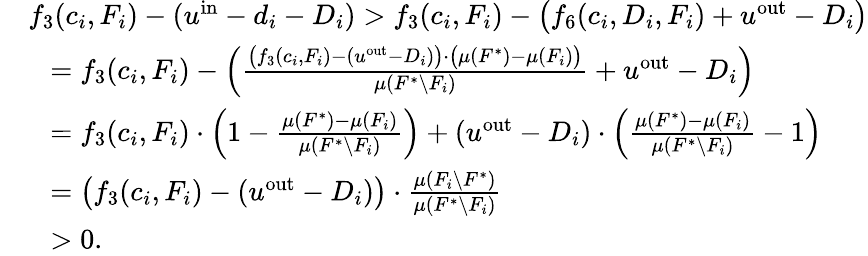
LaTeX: \begin{array}{rl}&{f_{3}(c_{i},F_{i})-(u^{\mathrm{in}}-d_{i}-D_{i})>f_{3}(c_{i},F_{i})-\big(f_{6}(c_{i},D_{i},F_{i})+u^{\mathrm{out}}-D_{i}\big)}\\ {}&{~~=f_{3}(c_{i},F_{i})-\left(\frac{\big(f_{3}(c_{i},F_{i})-(u^{\mathrm{out}}-D_{i})\big)\cdot\big(\mu(F^{*})-\mu(F_{i})\big)}{\mu(F^{*}\setminus F_{i})}+u^{\mathrm{out}}-D_{i}\right)}\\ {}&{~~=f_{3}(c_{i},F_{i})\cdot\left(1-\frac{\mu(F^{*})-\mu(F_{i})}{\mu(F^{*}\setminus F_{i})}\right)+(u^{\mathrm{out}}-D_{i})\cdot\left(\frac{\mu(F^{*})-\mu(F_{i})}{\mu(F^{*}\setminus F_{i})}-1\right)}\\ {}&{~~=\big(f_{3}(c_{i},F_{i})-(u^{\mathrm{out}}-D_{i})\big)\cdot\frac{\mu(F_{i}\setminus F^{*})}{\mu(F^{*}\setminus F_{i})}}\\ {}&{~~>0.}\end{array}